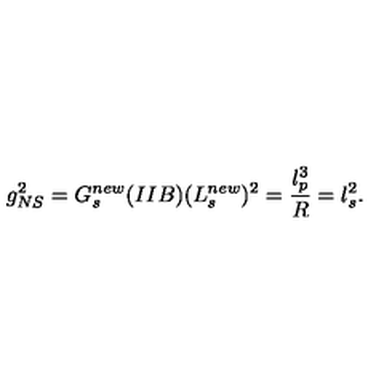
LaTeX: g _ { N S } ^ { 2 } = G _ { s } ^ { n e w } ( I I B ) ( L _ { s } ^ { n e w } ) ^ { 2 } = \frac { l _ { p } ^ { 3 } } { R } = l _ { s } ^ { 2 } .